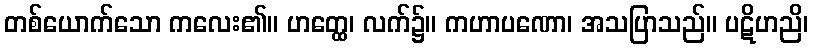
တစ်ယောက်သော ကလေး၏။ ဟတ္ထေ၊ လက်၌။ ကဟာပဏော၊ အသပြာသည်။ ပဋိဟညိ၊